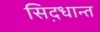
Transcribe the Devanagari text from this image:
सिद़धान्‍त